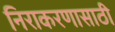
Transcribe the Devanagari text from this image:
निराकरणासाठी